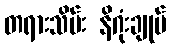
တရားသိမ်း နိဂုံးချုပ်